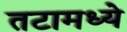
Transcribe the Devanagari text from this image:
तटामध्ये